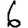
Digit: 6